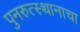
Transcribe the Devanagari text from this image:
पुनरुत्स्थानाचा